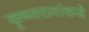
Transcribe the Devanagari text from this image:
कृष्णरावांकडे